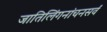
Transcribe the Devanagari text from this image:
जातिलिंगनांचनसर्वं